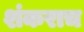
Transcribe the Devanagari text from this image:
शंकराच